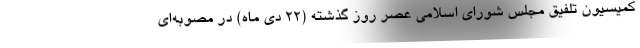
کمیسیون تلفیق مجلس شورای اسلامی عصر روز گذشته (۲۲ دی ماه) در مصوبه‌ای